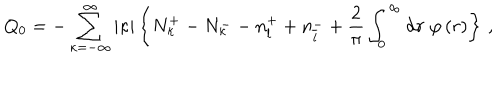
LaTeX: Q _ { 0 } = - \sum _ { \kappa = - \infty } ^ { \infty } \vert \kappa \vert \left\{ N _ { \kappa } ^ { + } - N _ { \kappa } ^ { -- } n _ { l } ^ { + } + n _ { \overline { { l } } } ^ { - } + \frac { 2 } { \pi } \int _ { 0 } ^ { \infty } \mathrm { d } r \; \varphi \left( r \right) \right\} \, ,